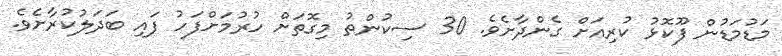
މަޑުމަޑުން ފޫކޮޅު ކުރިއަށް ގެންދާށެވެ. 30 ސިކުންތު މިގޮތަށް ހުރުމަށްފަހު ފައި ބަދަލުކުރާށެވެ.